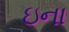
ઇના